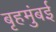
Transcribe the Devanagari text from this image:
बृहमुंबई